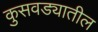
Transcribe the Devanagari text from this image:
कुसवड्यातील